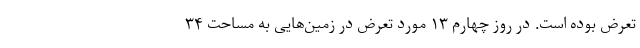
تعرض بوده است. در روز چهارم ۱۳ مورد تعرض در زمین‌هایی به مساحت ۳۴